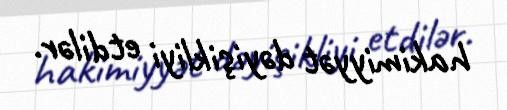
hakimiyyət dəyişikliyi etdilər.